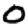
Digit: 0